Mental hospitals Bombay report 1921-28 - 1921-1928
Year: 1921
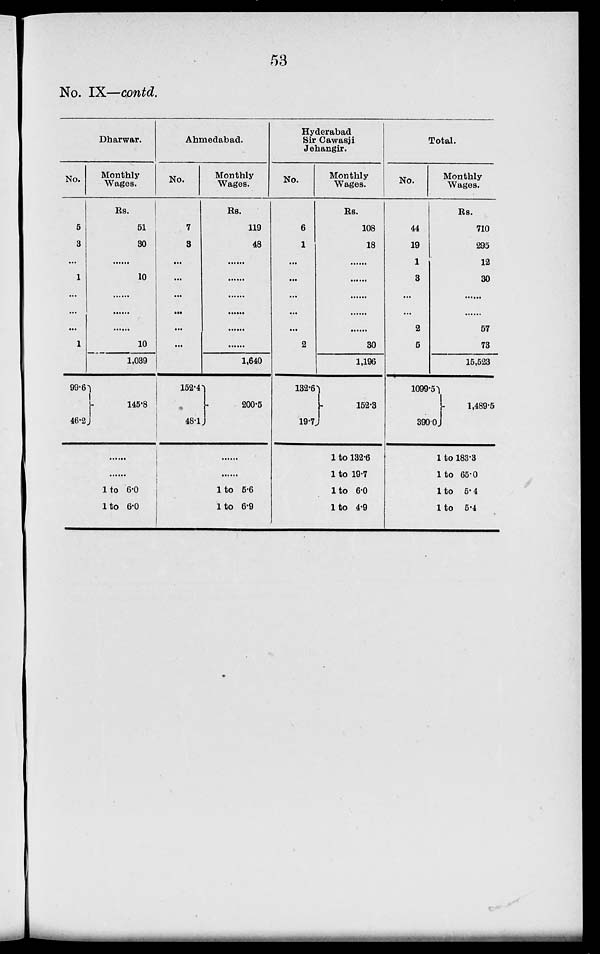
53
No. IX—contd.
Dharwar.
No.
5
3
...
1
...
...
1
99.6
46.2
Monthly
Wages.
Rs.
51
30
......
10
......
......
10
1,039
145.8
......
......
1 to 6.0
1 to 6.0
Ahmedabad.
No.
7
3
...
...
...
...
...
152.4
48.1
Monthly
Wages.
Rs.
119
48
......
......
......
......
......
1,640
200.5
......
......
1 to 5.6
1 to 6.9
Hyderabad
Sir Cawasji
Jehangir.
No.
6
1
...
...
...
...
2
132.6
19.7
Monthly
Wages.
Rs.
108
18
......
......
......
......
30
1,196
152.3
1 to 132.6
1 to 19.7
1 to 6.0
1 to 4.9
Total.
No.
44
19
1
3
...
2
5
1099.51
390.0
Monthly
Wages.
Rs.
710
295
12
30
......
57
73
15,523
1,489.5
1 to 183.3
1 to 65.0
1 to 5.4
1 to 5.4